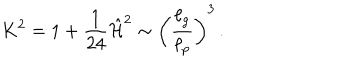
LaTeX: K ^ { 2 } = 1 + { \frac { 1 } { 2 4 } } \hat { \cal H } ^ { 2 } \sim \left( { \frac { \ell _ { g } } { \ell _ { p } } } \right) ^ { 3 } \, .